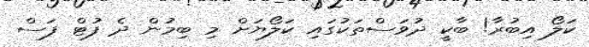
ކަލޯ އިބުރާ! ބާކީ ދުވަސްތަކުގައި ކަލޯޔަށް މި ބިމުން ދެ ފުޓް ފަސް